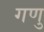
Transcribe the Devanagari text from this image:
गणु